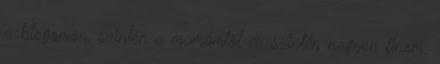
a blogomon, szintén a mamámtól és szintén nagyon finom.